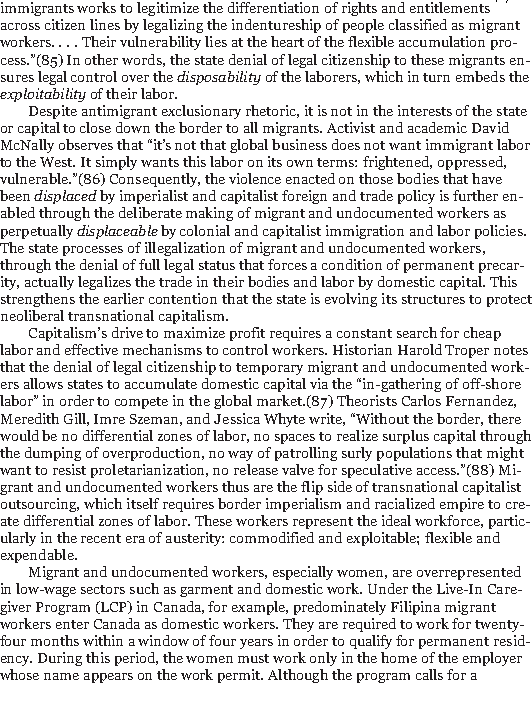
46/186
 immigrants works to legitimize the differentiation of rights and entitlements
 across citizen lines by legalizing the indentureship of people classified as migrant
 workers. . . . Their vulnerability lies at the heart of the flexible accumulation pro-
 cess.”(85) In other words, the state denial of legal citizenship to these migrants en-
 sures legal control over thedisposabilityof the laborers, which in turn embeds the
 exploitabilityof their labor.
 Despite antimigrant exclusionary rhetoric, it is not in the interests of the state
 or capital to close down the border to all migrants. Activist and academic David
 McNally observes that “it’s not that global business does not want immigrant labor
 to the West. It simply wants this labor on its own terms: frightened, oppressed,
 vulnerable.”(86) Consequently, the violence enacted on those bodies that have
 beendisplacedby imperialist and capitalist foreign and trade policy is further en-
 abled through the deliberate making of migrant and undocumented workers as
 perpetuallydisplaceableby colonial and capitalist immigration and labor policies.
 The state processes of illegalization of migrant and undocumented workers,
 through the denial of full legal status that forces a condition of permanent precar-
 ity, actually legalizes the trade in their bodies and labor by domestic capital. This
 strengthens the earlier contention that the state is evolving its structures to protect
 neoliberal transnational capitalism.
 Capitalism’s drive to maximize profit requires a constant search for cheap
 labor and effective mechanisms to control workers. Historian Harold Troper notes
 that the denial of legal citizenship to temporary migrant and undocumented work-
 ers allows states to accumulate domestic capital via the “in-gathering of off-shore
 labor” in order to compete in the global market.(87) Theorists Carlos Fernandez,
 Meredith Gill, Imre Szeman, and Jessica Whyte write, “Without the border, there
 would be no differential zones of labor, no spaces to realize surplus capital through
 the dumping of overproduction, no way of patrolling surly populations that might
 want to resist proletarianization, no release valve for speculative access.”(88) Mi-
 grant and undocumented workers thus are the flip side of transnational capitalist
 outsourcing, which itself requires border imperialism and racialized empire to cre-
 ate differential zones of labor. These workers represent the ideal workforce, partic-
 ularly in the recent era of austerity: commodified and exploitable; flexible and
 expendable.
 Migrant and undocumented workers, especially women, are overrepresented
 in low-wage sectors such as garment and domestic work. Under the Live-In Care-
 giver Program (LCP) in Canada, for example, predominately Filipina migrant
 workers enter Canada as domestic workers. They are required to work for twenty-
 four months within a window of four years in order to qualify for permanent resid-
 ency. During this period, the women must work only in the home of the employer
 whose name appears on the work permit. Although the program calls for a